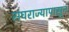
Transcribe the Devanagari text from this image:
संघराज्यापासून